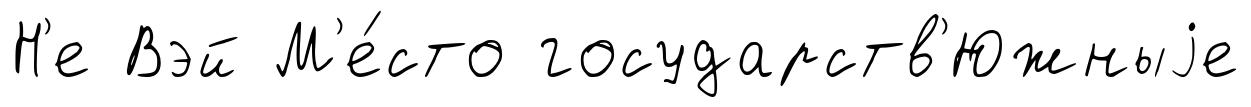
Н'е Вэй М'е́сто государств'Южныjе